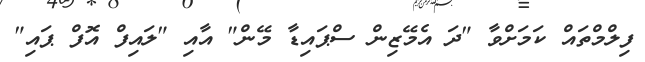
ފިލްމްތައް ކަމަށްވާ "ދަ އެމޭޒިން ސްޕައިޑާ މޭން" އާއި "ލައިފް އޮފް ޕައި"